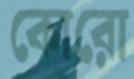
কোরো